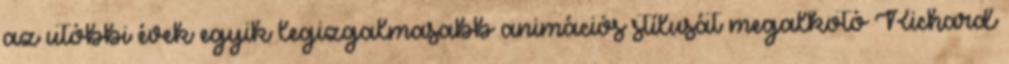
az utóbbi évek egyik legizgalmasabb animációs stílusát megalkotó Richard